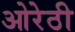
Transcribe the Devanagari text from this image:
ओरेठी